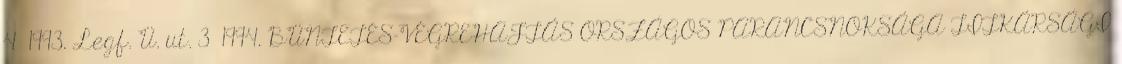
4 1993. Legf. Ü. ut. 3 1994. BÜNTETÉS-VÉGREHAJTÁS ORSZÁGOS PARANCSNOKSÁGA TITKÁRSÁGI